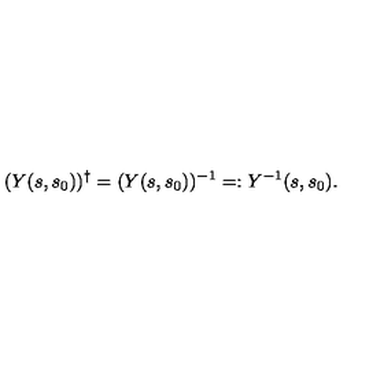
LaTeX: ( Y ( s , s _ { 0 } ) ) ^ { \dag } = ( Y ( s , s _ { 0 } ) ) ^ { - 1 } = : Y ^ { - 1 } ( s , s _ { 0 } ) .